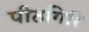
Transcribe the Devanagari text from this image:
पीठगिरि